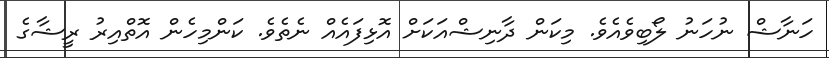
ހަނާޝް ނުހަނު ލޯބިވެއެވެ. މިކަން ދާާނިޝްއަކަށް އޮޅިފައެއްް ނެތެވެ. ކަންމިހެން އޮތްއިރު ރީޝާގެ